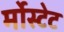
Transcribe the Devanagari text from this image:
र्मोस्टेट